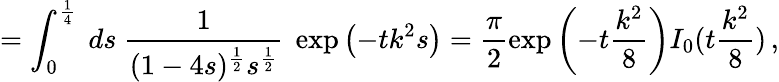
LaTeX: =\int_{0}^{\frac 14}\ ds\ \frac{1}{(1-4s)^{\frac 12}s^{\frac 12}}\ \exp\left(-tk^{2}s\right)=\frac{\pi}{2}\exp\left(-t\frac{k^{2}}{8}\right)I_{0}(t\frac{k^{2}}{8})\, ,